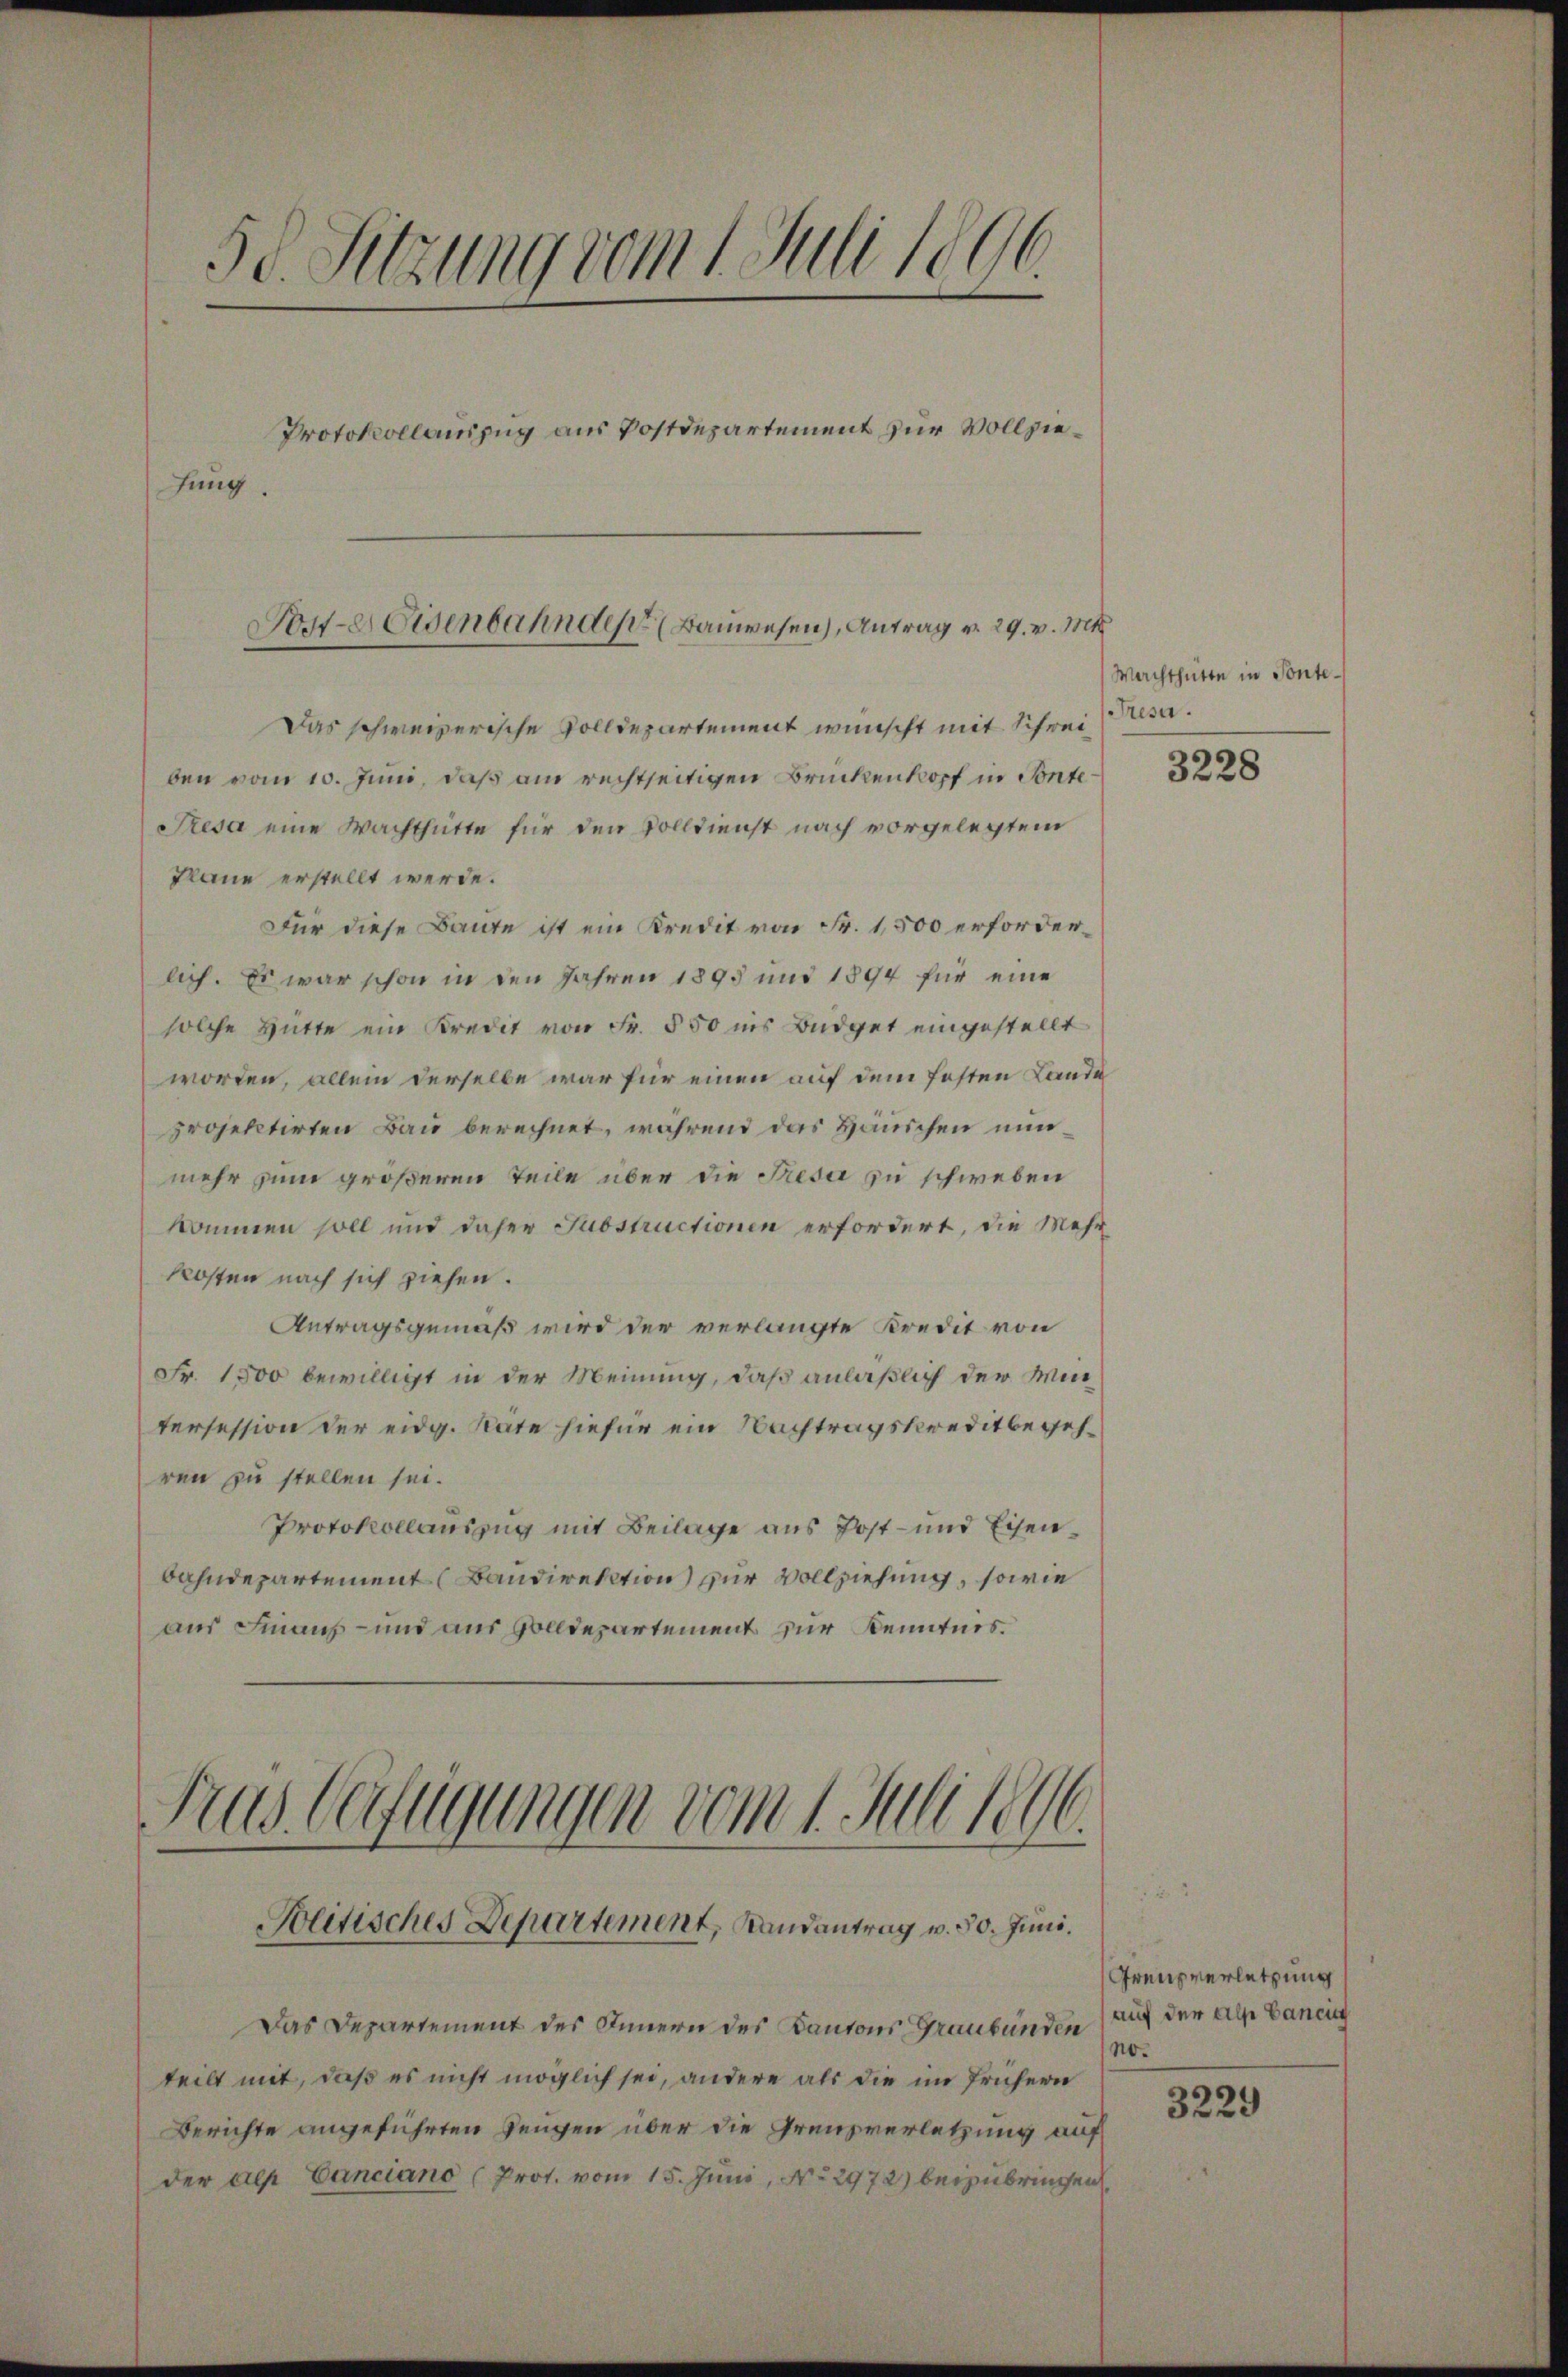
5 d. Sitzung vom 1. Juli 1896.
Protokollauszug aus Postdepartement zur Vollziehung.

Post-Eisenbahnder Bauwesen), Antrag v. 29. v. Mts.

Das schweizerische Volldepartement wünscht mit Schreiben vom 10. Juni, daß am rechtseitigen Brückenkopf in Sonte¬
Sresa eine Wachthütte für den Volldienst nach vorgelegtem
Plane erstellt werde.
Für diese Baute ist ein Kredit von Fr. 1,500 erforderlich. Es war schon in den Jahren 1895 und 1894 für eine
solche Hütte ein Kredit von Fr. 550 ins Büdget eingestellt
worden, allein derselbe war für einen auf dem festen Lande
projektirten Bau berechnet, während das Häuschen minmehr zum größeren Teile über die Freser zu schweben
kommen soll und daher Juostructionen erfordert, die Mehr
kosten nach sich ziehen.
Antragsgemäß wird der verlangte Kredit von
Fr. 1500 bewilligt in der Meinung, daß anläßlich der Min
tersession der eidg. Stäte hiefür ein Nachtragskreditbegehren zu stellen sei.
Protokollauszug mit Beilage aus Post- und Eisenbahndepartement (Bandirektion zur Vollziehung, sowie
aus Finanz- und aus Zolldepartement zur Kenntnis.

Frus Verfügungen vom 1. Juli 1896.
Politisches Departement, Randantrag v. 30. Juni.

Das Departement des Innern des Kantons Graubünden) auf der Alp Cancin
teilt mit, daß es nicht möglich sei, andere als die im frühern
Berichte angeführten Zeugen über die Grenzverletzung auf
der als Canciano (Prot. vom 15. Juni, No 2972) beizubrechen,

Machthütte in Sonte¬
Fresu.

3228

Grenzverletzung
no.

3229